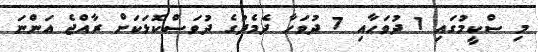
މި ސްކީމުގައި 1 ދުވަހާއި 7 ދުވަހާ ދެމެދުގެ ދުވަސްކޮޅަކަށް ރާއްޖެ އަންނަ